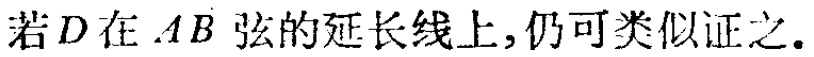
若\(D\)在\(AB\)弦的延长线上,仍可类似证之.